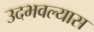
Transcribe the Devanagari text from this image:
उदभवल्यास